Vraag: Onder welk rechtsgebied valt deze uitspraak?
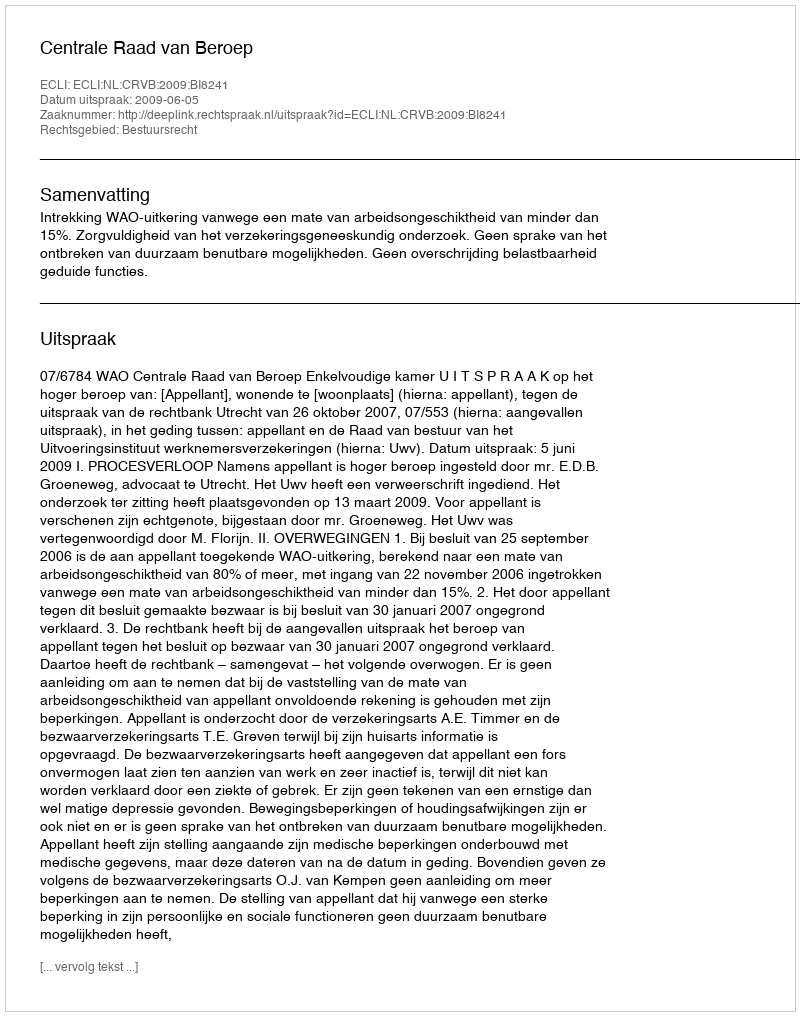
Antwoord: Bestuursrecht